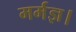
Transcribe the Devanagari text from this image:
मर्मज्ञ।